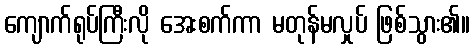
ကျောက်ရုပ်ကြီးလို အေးစက်ကာ မတုန်မလှုပ် ဖြစ်သွား၏။